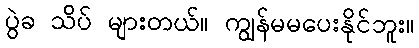
ပွဲခ သိပ် များတယ်။ ကျွန်မမပေးနိုင်ဘူး။